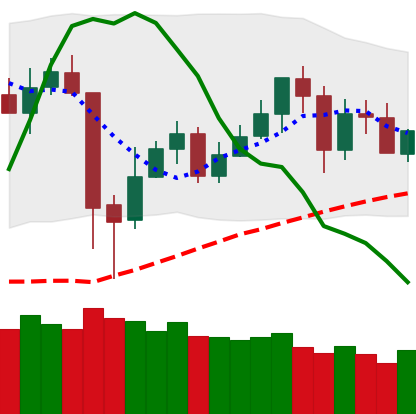
Ticker: BNB-USD
Chart end date: 2020-05-25
Forward return: 8.186%
Label: up_7plus